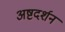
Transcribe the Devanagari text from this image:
अष्टदर्शन